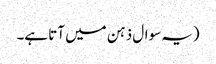
(یہ سوال ذہن میں آتا ہے۔